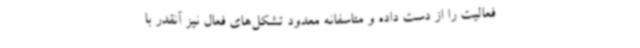
فعالیت را از دست داده و متاسفانه معدود تشکل‌های فعال نیز آنقدر با